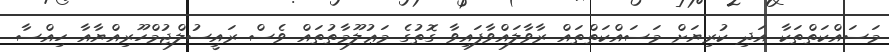
މަސައްކަތްތަކާ އަދި ކުރިޔަށް މަސައްކަތްތައް ރާވާލައްވާފައިވާ ގޮތުގެ މަޢުލޫމާތުތައް ވެސް ރައީސުލްޖުމްހޫރިއްޔާއާ ހިއްސާ